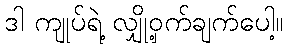
ဒါ ကျုပ်ရဲ့ လျှို့ဝှက်ချက်ပေါ့။